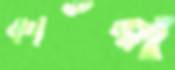
কাঁপ